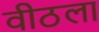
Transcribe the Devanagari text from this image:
वीठला